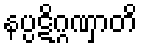
နပ္ပဋိဂ္ဂဏှာတိ